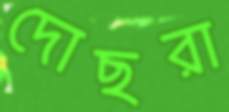
দোছরা